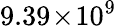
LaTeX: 9.39\! \times\! 10^{9}